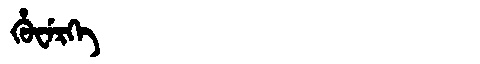
Manchu: ᡥᡠᠸᡝᡵᡴᡝ
Romanization: HUWERKE